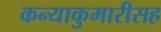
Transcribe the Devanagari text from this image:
कन्याकुमारीसह